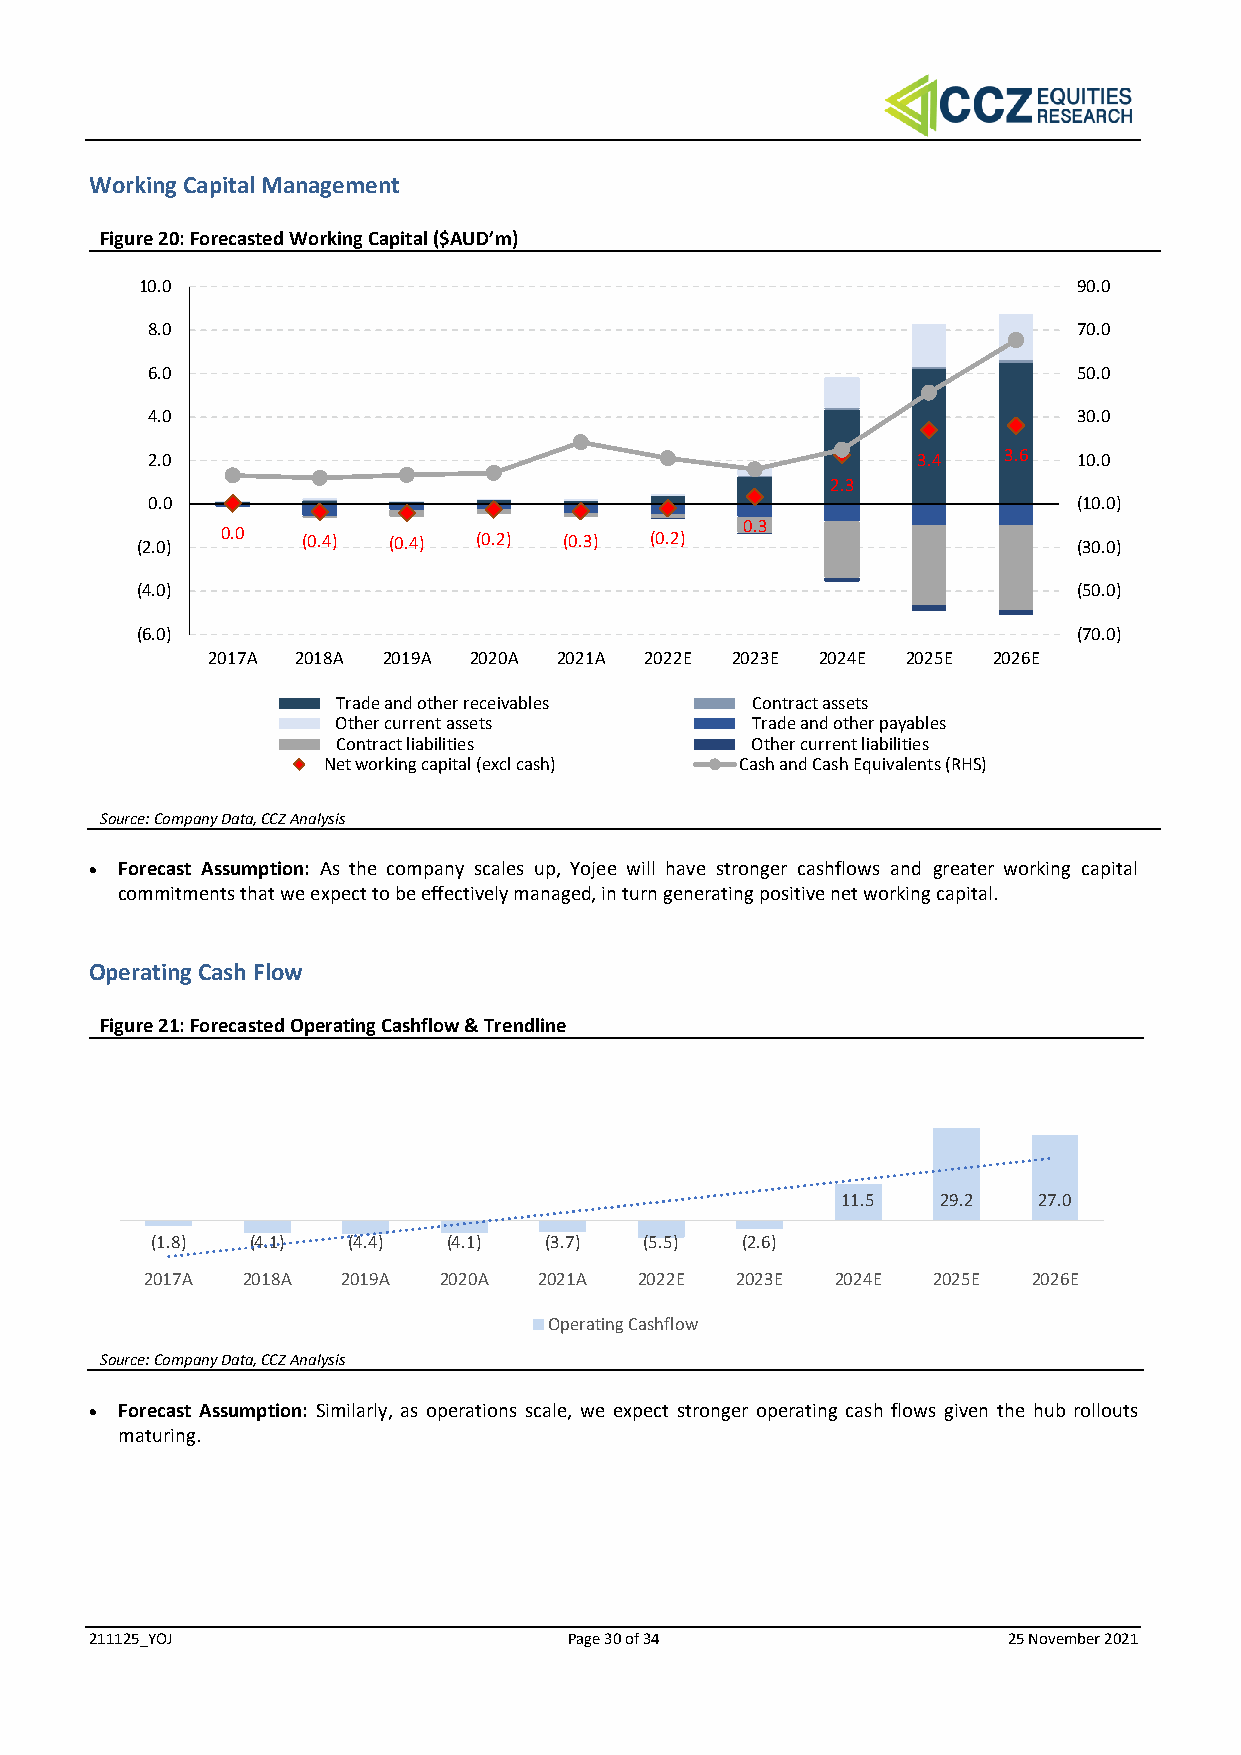
Working Capital Management
 Figure 20: Forecasted Working Capital ($AUD’m)
 10.0                                                          90.0
 8.0                                                          70.0
 6.0                                                          50.0
 4.0                                                          30.0
 2.0                                                3.4  3.6  10.0
 2.3
 0.0                                                          (10.0)
 0.3
 (2.0) 0.0  (0.4) (0.4) (0.2) (0.3) (0.2)                      (30.0)
 (4.0)                                                         (50.0)
 (6.0)                                                         (70.0)
 2017A 2018A 2019A 2020A 2021A 2022E 2023E 2024E 2025E 2026E
 Trade and other receivables Contract assets
 Other current assets        Trade and other payables
 Contract liabilities        Other current liabilities
 Net working capital (excl cash) Cash and Cash Equivalents (RHS)
 Source: Company Data, CCZ Analysis
 • Forecast Assumption: As the company scales up, Yojee will have stronger cashflows and greater working capital
 commitments that we expect to be effectively managed, in turn generating positive net working capital.
 Operating Cash Flow
 Figure 21: Forecasted Operating Cashflow & Trendline
 11.5  29.2   27.0
 (1.8)  (4.1) (4.4)  (4.1) (3.7)  (5.5) (2.6)
 2017A 2018A  2019A 2020A  2021A 2022E  2023E 2024E  2025E 2026E
 Operating Cashflow
 Source: Company Data, CCZ Analysis
 • Forecast Assumption: Similarly, as operations scale, we expect stronger operating cash flows given the hub rollouts
 maturing.
 211125_YOJ                      Page 30 of 34                25 November 2021